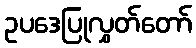
ဥပဒေပြုလွှတ်တော်